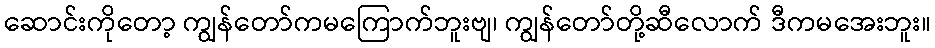
ဆောင်းကိုတော့ ကျွန်တော်ကမကြောက်ဘူးဗျ၊ ကျွန်တော်တို့ဆီလောက် ဒီကမအေးဘူး။